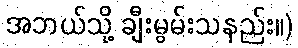
အဘယ်သို့ ချီးမွမ်းသနည်း။)